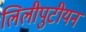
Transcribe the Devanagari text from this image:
लिलीपुटीयन